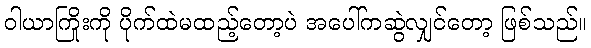
ဝါယာကြိုးကို ပိုက်ထဲမထည့်တော့ပဲ အပေါ်ကဆွဲလျှင်တော့ ဖြစ်သည်။